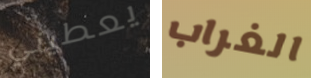
يعطيني الغراب